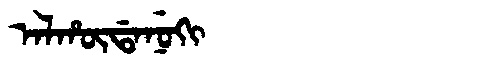
Manchu: ᠠᠯᡥᡡᡩᠠᠨᡠᡴᡳ
Romanization: ALHŪDANUKI